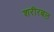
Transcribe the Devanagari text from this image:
शरीरबल